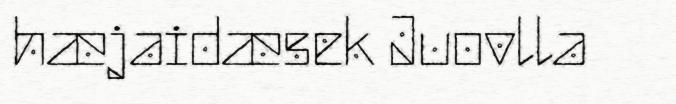
hæjaidæsek Juovlla